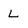
Character: L